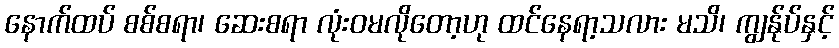
နောက်ထပ် စစ်စရာ၊ ဆေးစရာ လုံးဝမလိုတော့ဟု ထင်နေရာ့သလား မသိ၊ ကျွန်ုပ်နှင့်